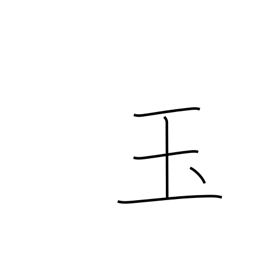
Meaning: jewel